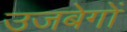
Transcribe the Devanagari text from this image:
उजबेगों